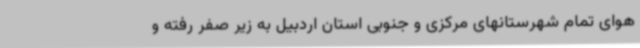
هوای تمام شهرستانهای مرکزی و جنوبی استان اردبیل به زیر صفر رفته و